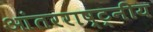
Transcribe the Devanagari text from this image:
आंतरराष्ट्नीय